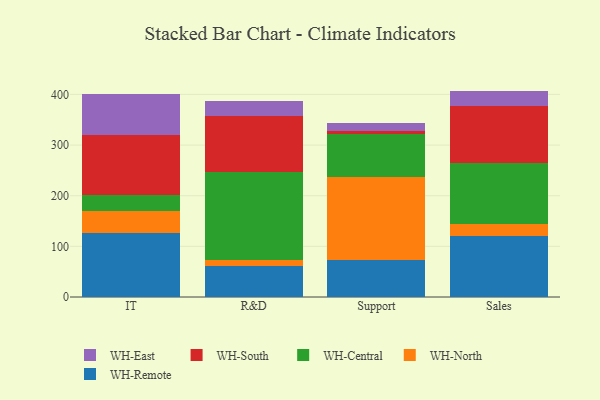
{"axis": {"x": "Department", "y": "Energy Usage (MWh)"}, "legend": ["WH-Central", "WH-East", "WH-North", "WH-Remote", "WH-South"], "data": [{"x": "IT", "y": 125.5, "type": "WH-Remote"}, {"x": "IT", "y": 44.8, "type": "WH-North"}, {"x": "IT", "y": 31.9, "type": "WH-Central"}, {"x": "IT", "y": 118.2, "type": "WH-South"}, {"x": "IT", "y": 79.9, "type": "WH-East"}, {"x": "R&D", "y": 62.0, "type": "WH-Remote"}, {"x": "R&D", "y": 10.3, "type": "WH-North"}, {"x": "R&D", "y": 173.6, "type": "WH-Central"}, {"x": "R&D", "y": 110.5, "type": "WH-South"}, {"x": "R&D", "y": 30.6, "type": "WH-East"}, {"x": "Support", "y": 73.4, "type": "WH-Remote"}, {"x": "Support", "y": 164.1, "type": "WH-North"}, {"x": "Support", "y": 85.3, "type": "WH-Central"}, {"x": "Support", "y": 5.2, "type": "WH-South"}, {"x": "Support", "y": 16.0, "type": "WH-East"}, {"x": "Sales", "y": 119.5, "type": "WH-Remote"}, {"x": "Sales", "y": 24.0, "type": "WH-North"}, {"x": "Sales", "y": 120.4, "type": "WH-Central"}, {"x": "Sales", "y": 112.9, "type": "WH-South"}, {"x": "Sales", "y": 30.2, "type": "WH-East"}]}